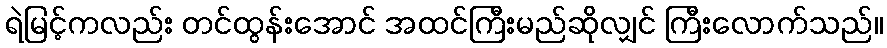
ရဲမြင့်ကလည်း တင်ထွန်းအောင် အထင်ကြီးမည်ဆိုလျှင် ကြီးလောက်သည်။